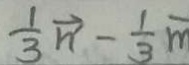
\frac { 1 } { 3 } \overrightarrow { n } - \frac { 1 } { 3 } \overrightarrow { m }